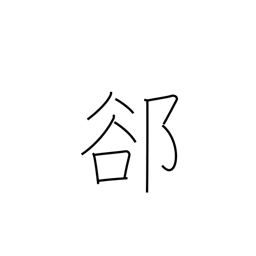
Meaning: interstice